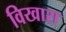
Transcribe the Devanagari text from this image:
विखारा